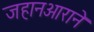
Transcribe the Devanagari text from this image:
जहानआराने